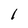
Character: l